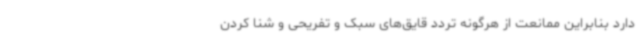
دارد بنابراین ممانعت از هرگونه تردد قایق‌های سبک و تفریحی و شنا کردن